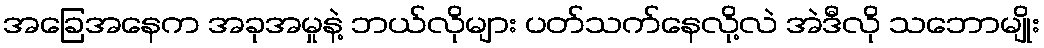
အခြေအနေက အခုအမှုနဲ့ ဘယ်လိုများ ပတ်သက်နေလို့လဲ အဲဒီလို သဘောမျိုး